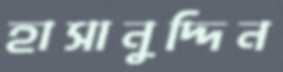
হাসানুদ্দিন